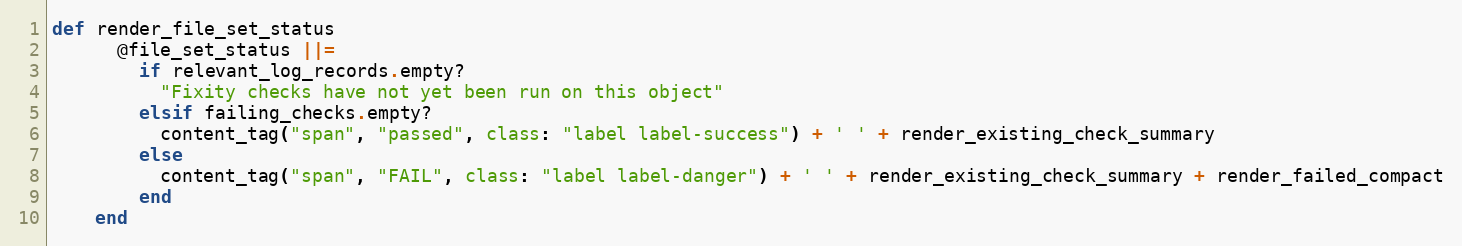
Language: Ruby
def render_file_set_status
      @file_set_status ||=
        if relevant_log_records.empty?
          "Fixity checks have not yet been run on this object"
        elsif failing_checks.empty?
          content_tag("span", "passed", class: "label label-success") + ' ' + render_existing_check_summary
        else
          content_tag("span", "FAIL", class: "label label-danger") + ' ' + render_existing_check_summary + render_failed_compact
        end
    end